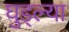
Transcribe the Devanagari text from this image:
घुड्ल्या